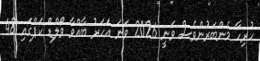
ހުރިހާ މެންބަރުންވެސް ވަނީ 2026 ވަނަ އަހަރު ބާއްވާ ވޯލްޑް ކަޕްގައި 48